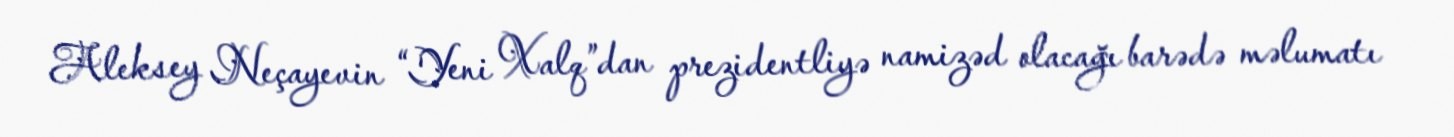
Aleksey Neçayevin “Yeni Xalq”dan prezidentliyə namizəd olacağı barədə məlumatı